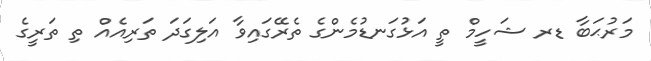
މަރުޙަބާ ޑރ ޝަހީމް ތީ އަޅުގަނޑުމެންގެ ތެރޭގައިވާ އަލިގަދަ ތަރިއެއް ތި ތަރީގެ